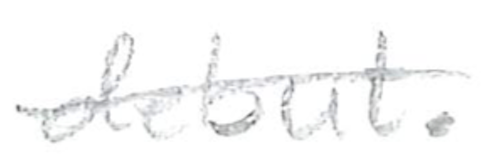
Text: debut.
Cross-out: single-line
Writing tool: pencil